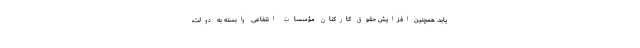
‌یابد. همچنین افزایش حقوق کارکنان مؤسسات انتفاعی وابسته به دولت،